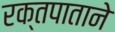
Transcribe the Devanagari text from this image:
रक्तपाताने